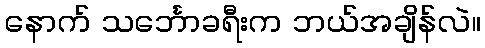
နောက် သင်္ဘောခရီးက ဘယ်အချိန်လဲ။